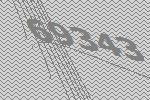
69343